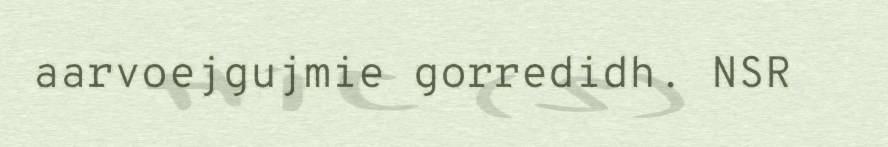
aarvoejgujmie gorredidh. NSR